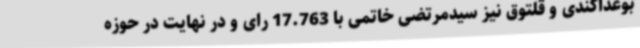
بوغداکندی و قلتوق نیز سیدمرتضی خاتمی با 17.763 رای و در نهایت در حوزه